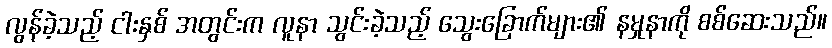
လွန်ခဲ့သည့် ငါးနှစ် အတွင်းက လူနာ သွင်းခဲ့သည့် သွေးခြောက်များ၏ နမှုနာကို စစ်ဆေးသည်။